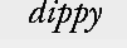
dippy